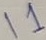
Text: I1